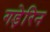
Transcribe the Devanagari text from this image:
गड़ेरिन